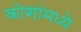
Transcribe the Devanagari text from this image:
कोशांमध्ये